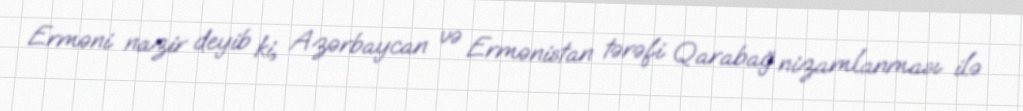
Erməni nazir deyib ki, Azərbaycan və Ermənistan tərəfi Qarabağ nizamlanması ilə